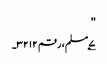
''
۷؂مسلم، رقم ۳۲۱۲۔